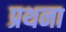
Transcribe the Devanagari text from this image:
प्रथना